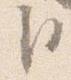
臣